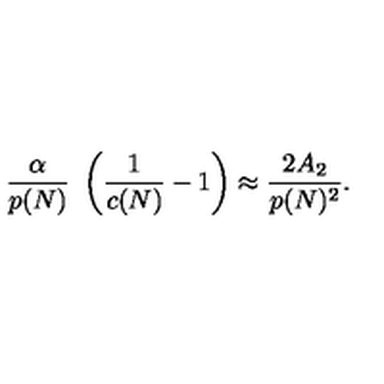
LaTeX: { \frac { \alpha } { p ( N ) } } \ \left( { \frac { 1 } { c ( N ) } } - 1 \right) \approx { \frac { 2 A _ { 2 } } { p ( N ) ^ { 2 } } } .